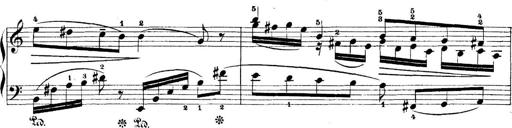
Title: 5 Sonatinas
Composer: Theodor Kirchner